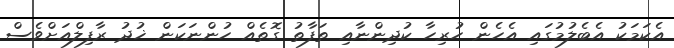
އެކަމަކު އެބެލުމުގައި އެހެން ހުރިހާ ކުދިންނާއި ތަފާތު ގޮތެއް ހުންނަކަން ޚުދު ރާފިލްއަށްވެސް